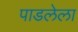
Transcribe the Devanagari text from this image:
पाडलेला